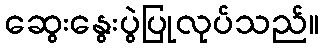
ဆွေးနွေးပွဲပြုလုပ်သည်။